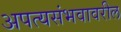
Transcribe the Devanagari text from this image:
अपत्यसंभवावरील